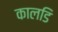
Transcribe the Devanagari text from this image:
कालडि